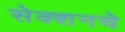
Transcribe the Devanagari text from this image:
सेक्शनचे